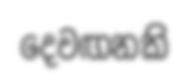
දෙවඟනකි